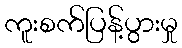
ကူးစက်ပြန့်ပွားမှု